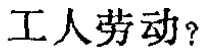
工人劳动？